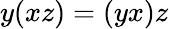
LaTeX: y(xz)=(yx)z